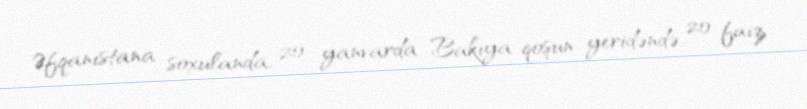
Əfqanıstana soxulanda, 20 yanvarda Bakıya qoşun yeridəndə, 20 faiz